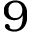
9